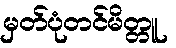
မှတ်ပုံတင်မိတ္တူ